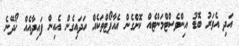
އަދި އެވަރު ބޮޑު އިންވެސްޓްމަންޓެއް ކޮށްގެން އެއާޕޯޓްތަކެއް ހަދައިގެން އެއިން ފައިދާއެއް ހޯދޭނެ